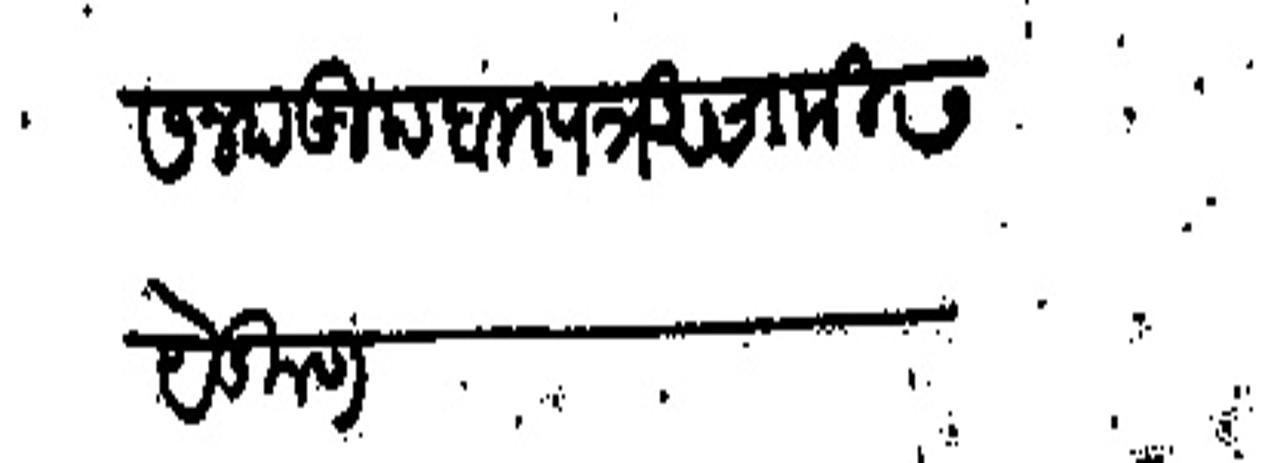
Transliteration (Devanagari): सनद खुद बा पत्र असामी ७ येकृण